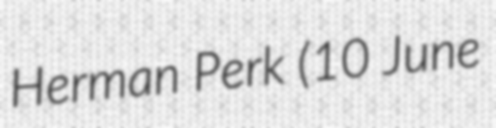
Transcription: Herman Perk (10 June